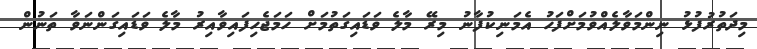
މިދަތުރުފުޅު ނިންމަވާލެއްވުމަށްފަހު އެމަނިކުފާނު މިރޭ މާލެ ވަޑައިގަތުމަށް ހަމަޖެހިފައިވާއިރު މާލެ ވަޑައިގަންނަވާ ތަނުން